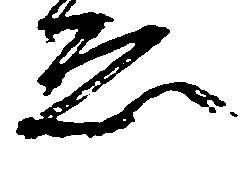
ゑ